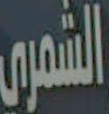
الشمري